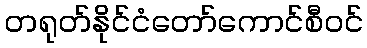
တရုတ်နိုင်ငံတော်ကောင်စီဝင်